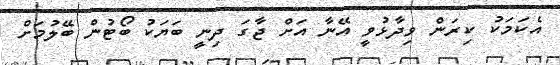
އެކަމަކު ކިރަން ވިދާޅުވީ އޭނާ އަށް ޖާގަ ދިނީ ބަޔަކު ބޯޓުން ބޭލުމަށް